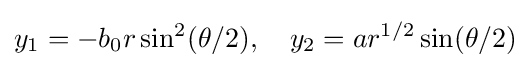
y_{1}=-b_{0}r\sin ^{2}(\theta /2),\quad y_{2}=ar^{1/2}\sin(\theta /2)